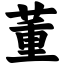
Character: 董